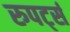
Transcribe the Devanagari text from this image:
रुपर्ट्स